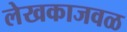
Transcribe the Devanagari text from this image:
लेखकाजवळ